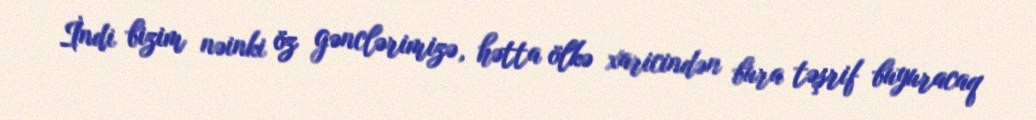
İndi bizim nəinki öz gənclərimizə, hətta ölkə xaricindən bura təşrif buyuracaq